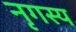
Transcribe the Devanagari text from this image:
नृगस्य